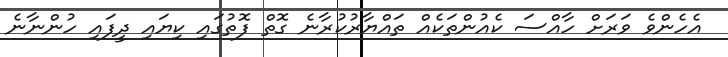
އެހެންވެ ވަރަށް ހާއްސަ ކެއުންތަކެއް ތައްޔާރުކުރާނެ ގޮތް ފޮތުގައި ކިޔައި ދީފައި ހުންނާނެ